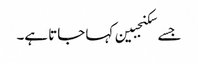
جسے سکنجبین کہا جاتا ہے۔